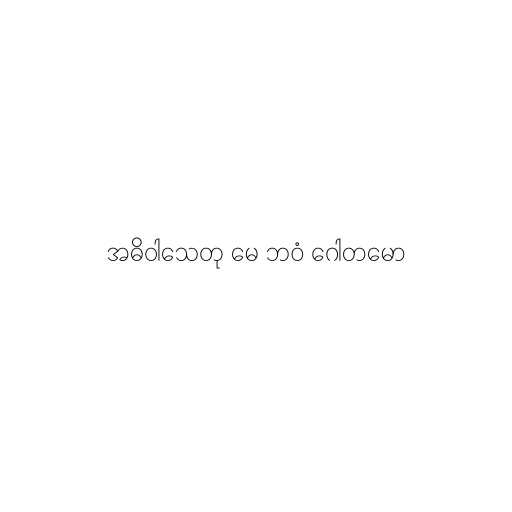
အဓိဝါသေတု မေ ဘဝံ ဂေါတမော